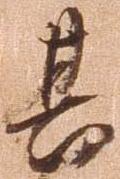
其